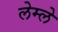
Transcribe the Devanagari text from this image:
लेम्ले